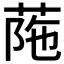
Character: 𦰜